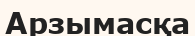
Арзымасқа